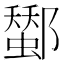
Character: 𨞷